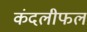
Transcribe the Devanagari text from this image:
कंदलीफल